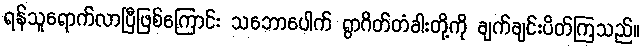
ရန်သူရောက်လာပြီဖြစ်ကြောင်း သဘောပေါက် ရွာဂိတ်တံခါးတို့ကို ချက်ချင်းပိတ်ကြသည်။